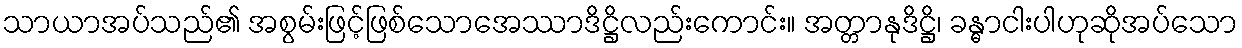
သာယာအပ်သည်၏ အစွမ်းဖြင့်ဖြစ်သောအေဿာဒိဋ္ဌိလည်းကောင်း။ အတ္တာနုဒိဋ္ဌိ၊ ခန္ဓာငါးပါဟုဆိုအပ်သော